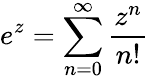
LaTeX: e^{z}=\sum_{n=0}^{\infty}{\frac{z^{n}}{n!}}